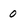
Character: 0